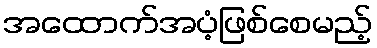
အထောက်အပံ့ဖြစ်စေမည့်